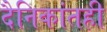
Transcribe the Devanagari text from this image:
दैनिकांतही